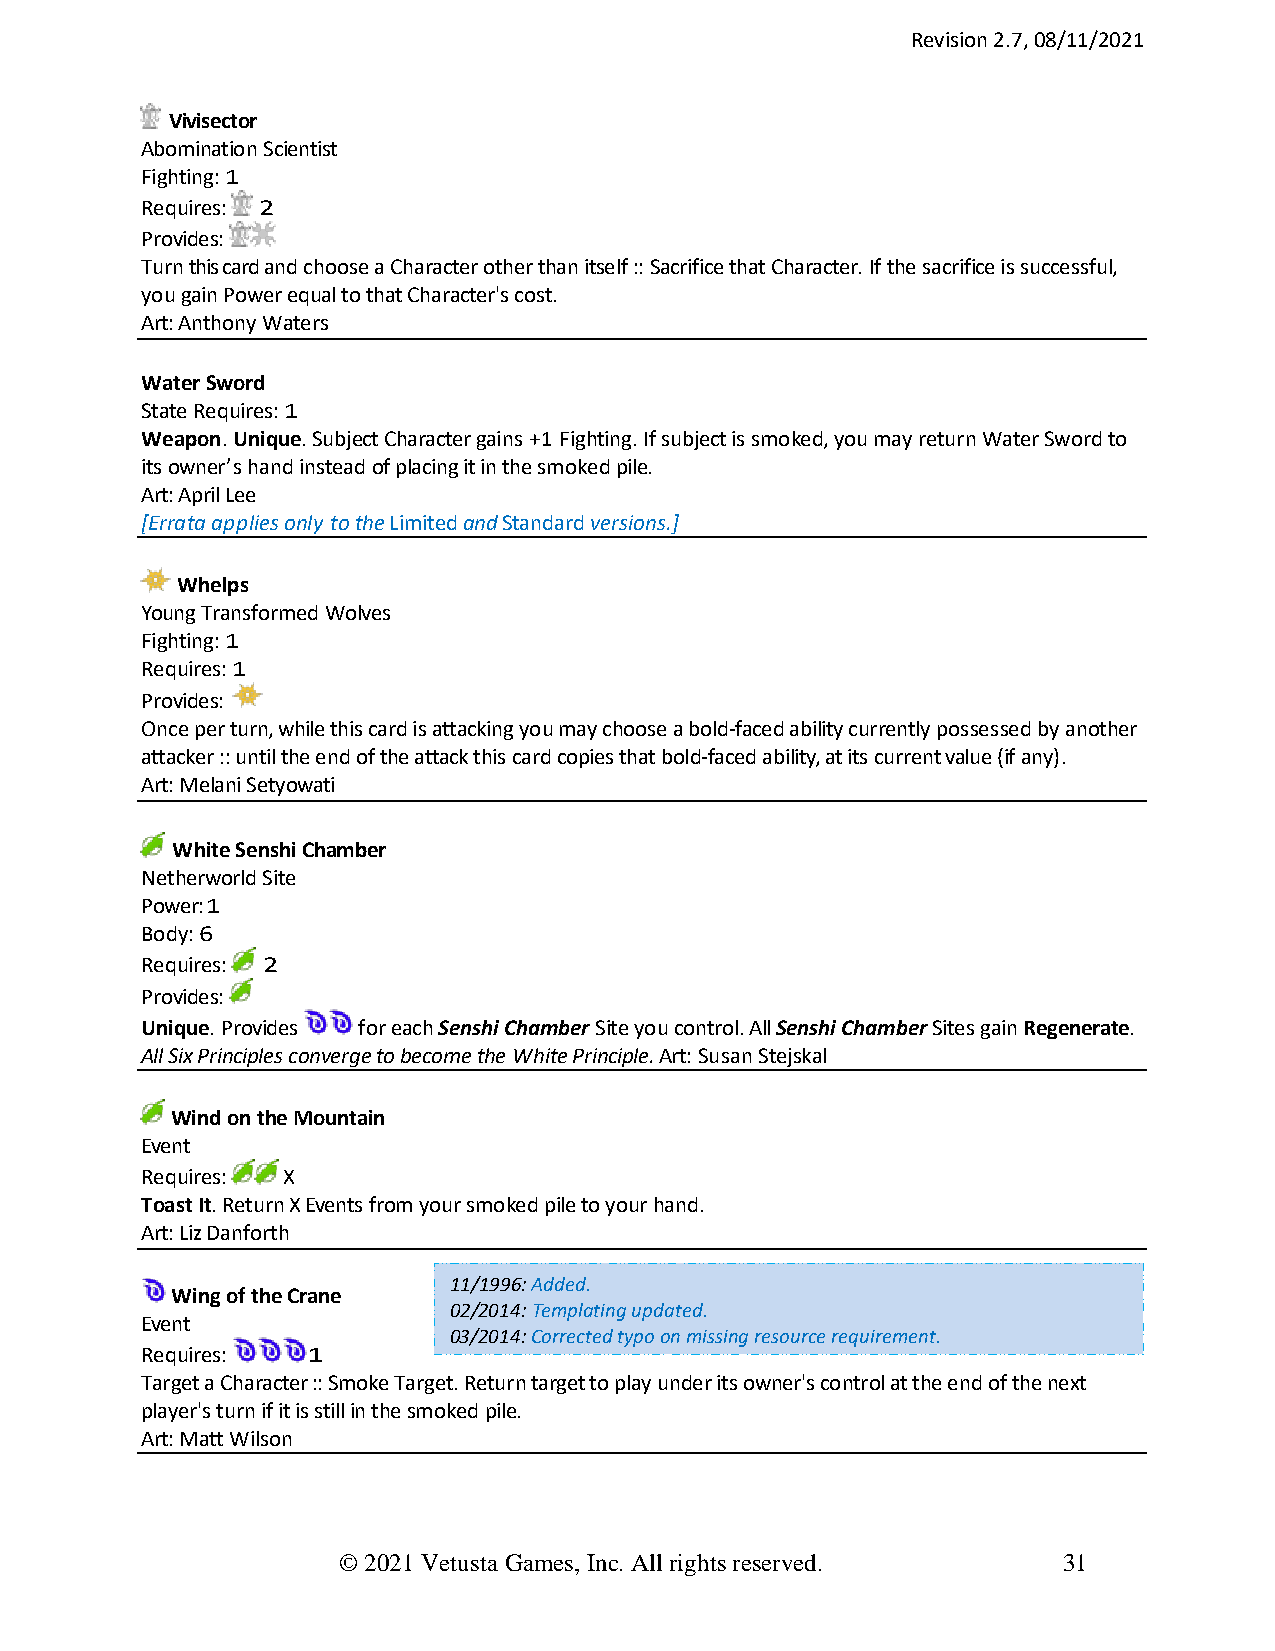
Revision 2.7, 08/11/2021
 Vivisector
 Abomination Scientist
 Fighting: 1
 Requires: 2
 Provides:
 Turn this card and choose a Character other than itself :: Sacrifice that Character. If the sacrifice is successful,
 you gain Power equal to that Character's cost.
 Art: Anthony Waters
 Water Sword
 State Requires: 1
 Weapon. Unique. Subject Character gains +1 Fighting. If subject is smoked, you may return Water Sword to
 its owner’s hand instead of placing it in the smoked pile.
 Art: April Lee
 [Errata applies only to the Limited and Standard versions.]
 Whelps
 Young Transformed Wolves
 Fighting: 1
 Requires: 1
 Provides:
 Once per turn, while this card is attacking you may choose a bold-faced ability currently possessed by another
 attacker :: until the end of the attack this card copies that bold-faced ability, at its current value (if any).
 Art: Melani Setyowati
 White Senshi Chamber
 Netherworld Site
 Power: 1
 Body: 6
 Requires: 2
 Provides:
 Unique. Provides for each Senshi Chamber Site you control. All Senshi Chamber Sites gain Regenerate.
 All Six Principles converge to become the White Principle. Art: Susan Stejskal
 Wind on the Mountain
 Event
 Requires: X
 Toast It. Return X Events from your smoked pile to your hand.
 Art: Liz Danforth
 11/1996: Added.
 Wing of the Crane
 02/2014: Templating updated.
 Event
 03/2014: Corrected typo on missing resource requirement.
 Requires:  1
 Target a Character :: Smoke Target. Return target to play under its owner's control at the end of the next
 player's turn if it is still in the smoked pile.
 Art: Matt Wilson
 © 2021 Vetusta Games, Inc. All rights reserved. 31